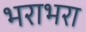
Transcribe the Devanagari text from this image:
भराभरा